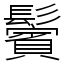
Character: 鬢